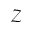
\mathcal { Z }